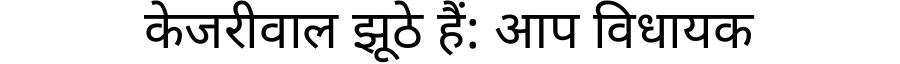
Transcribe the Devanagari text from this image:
केजरीवाल झूठे हैं: आप विधायक